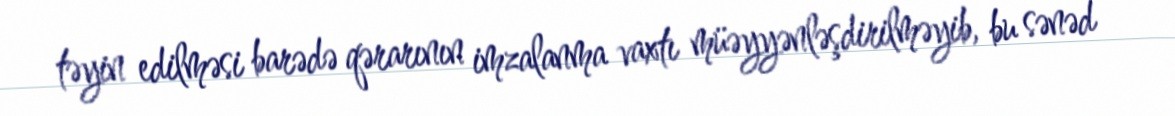
təyin edilməsi barədə qərarının imzalanma vaxtı müəyyənləşdirilməyib, bu sənəd